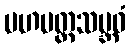
မဟမတ္တသမ္ဘဝံ